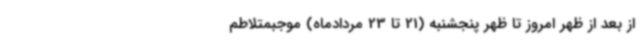
از بعد از ظهر امروز تا ظهر پنجشنبه (21 تا 23 مردادماه) موجبمتلاطم